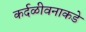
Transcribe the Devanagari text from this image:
कर्दळीवनाकडे